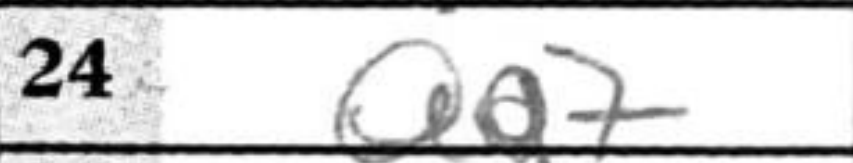
Transcription: Qa7